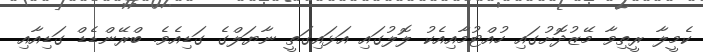
ކެމީލާ ރީތިވާ މޭޒުދޮށުގައި ހުއްޓުމާއިއެކު ލޮލުގައި އަޅައިގަތީ ނާޔަލްގެ ގަޑިއެވެ. ބްރޭންޑެޑް ގަޑިއާއި